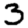
Digit: 3